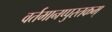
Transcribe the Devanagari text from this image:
वर्तमानप्पुस्तकम्